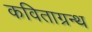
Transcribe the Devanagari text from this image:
कविताग्रन्थ